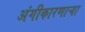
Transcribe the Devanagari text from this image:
अंगीकारणाऱ्या